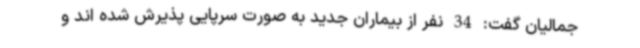
جمالیان گفت: 34 نفر از بیماران جدید به صورت سرپایی پذیرش شده اند و